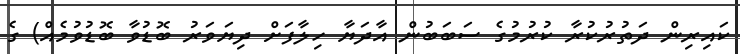
ކައިރިން ދަތުރުކުރާ ކުރުމުގެ ސަބަބުން އާދަޔާ ހިލާފަށް ދިޔަވަރު ބޮޑުވާ ބޮޑުވުމެއް) ގެ